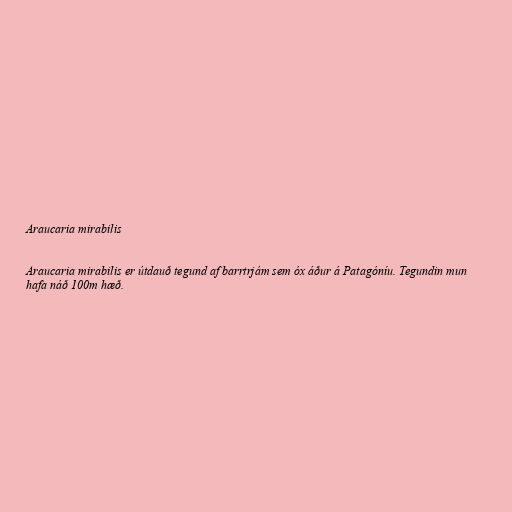
Araucaria mirabilis

Araucaria mirabilis er útdauð tegund af barrtrjám sem óx áður á Patagóníu. Tegundin mun
hafa náð 100m hæð.